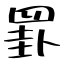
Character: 罫